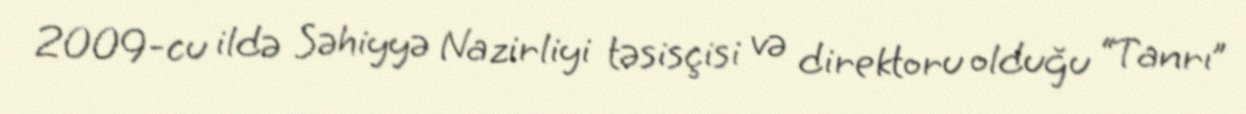
2009-cu ildə Səhiyyə Nazirliyi təsisçisi və direktoru olduğu “Tanrı”